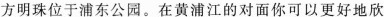
方明珠位于浦东公园。在黄浦江的对面你可以更好地欣